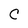
Character: C